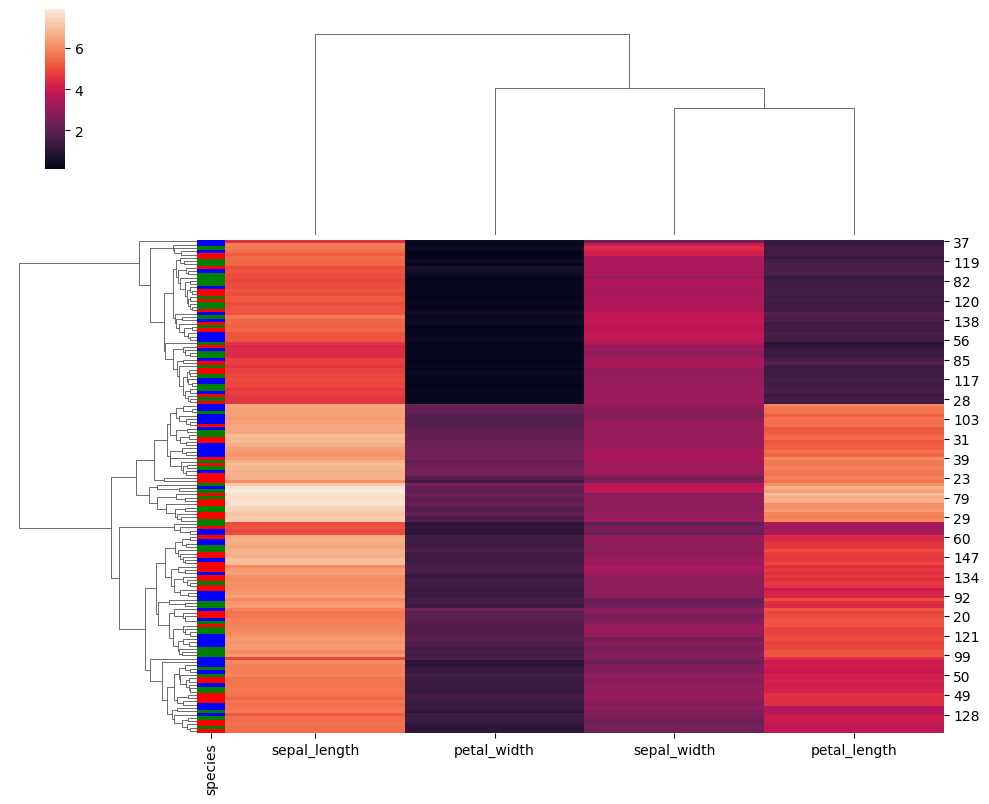
python, seaborn, clustermap, figsize=(10, 8), row_cluster=True, dendrogram_ratio=(0.2, 0.3), cbar_pos=(0.05, 0.8, 0.02, 0.2)